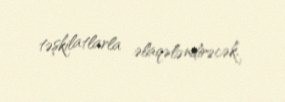
təşkilatlarla əlaqələndirəcək.